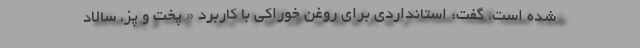
شده است، گفت: استانداردی برای روغن خوراکی با کاربرد « پخت و پز، سالاد